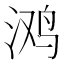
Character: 𭰥